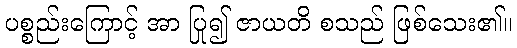
ပစ္စည်းကြောင့် အာ ပြု၍ ဇာယတိ စသည် ဖြစ်သေး၏။